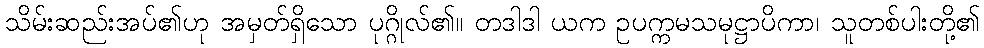
သိမ်းဆည်းအပ်၏ဟု အမှတ်ရှိသော ပုဂ္ဂိုလ်၏။ တဒါဒါ ယက ဥပက္ကမသမုဋ္ဌာပိကာ၊ သူတစ်ပါးတို့၏